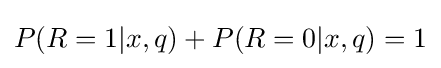
P(R=1|x,q)+P(R=0|x,q)=1